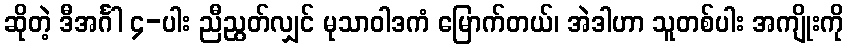
ဆိုတဲ့ ဒီအင်္ဂါ ၄-ပါး ညီညွတ်လျှင် မုသာဝါဒကံ မြောက်တယ်၊ အဲဒါဟာ သူတစ်ပါး အကျိုးကို